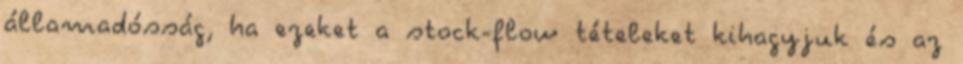
államadósság, ha ezeket a stock-flow tételeket kihagyjuk és az